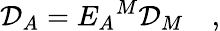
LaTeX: {\cal D}_{A}=E_{A}{}^{M}{\cal D}_{M}\quad,